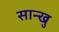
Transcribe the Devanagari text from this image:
सान्खु